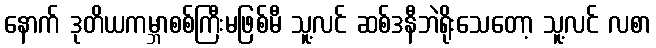
နောက် ဒုတိယကမ္ဘာစစ်ကြီးမဖြစ်မီ သူ့လင် ဆစ်ဒနီဘဲရိုးသေတော့ သူ့လင် လစာ